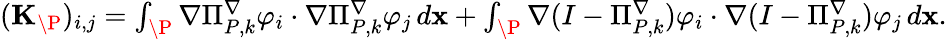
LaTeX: \begin{array}{r}{(\mathbf{K}_{\P})_{i,j}=\int_{\P}\nabla\Pi_{{P},k}^{\nabla}\varphi_{i}\cdot\nabla\Pi_{{P},k}^{\nabla}\varphi_{j}\, d\mathbf{x}+\int_{\P}\nabla(I-\Pi_{{P},k}^{\nabla})\varphi_{i}\cdot\nabla(I-\Pi_{{P},k}^{\nabla})\varphi_{j}\, d\mathbf{x}.}\end{array}